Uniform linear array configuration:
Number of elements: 8
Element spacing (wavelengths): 0.5
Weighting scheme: kaiser
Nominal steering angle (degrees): -30
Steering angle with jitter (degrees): -29.139
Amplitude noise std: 0.05
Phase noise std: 0.05

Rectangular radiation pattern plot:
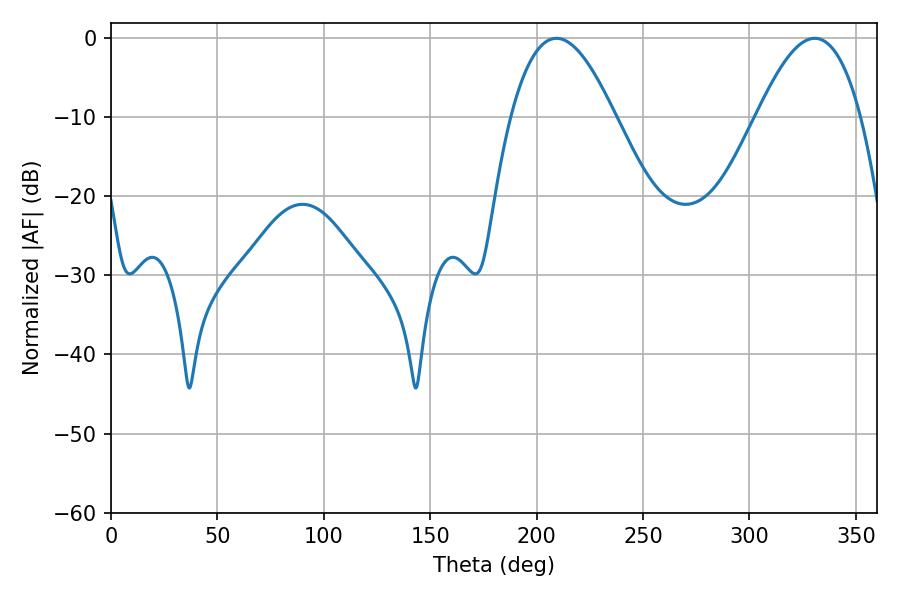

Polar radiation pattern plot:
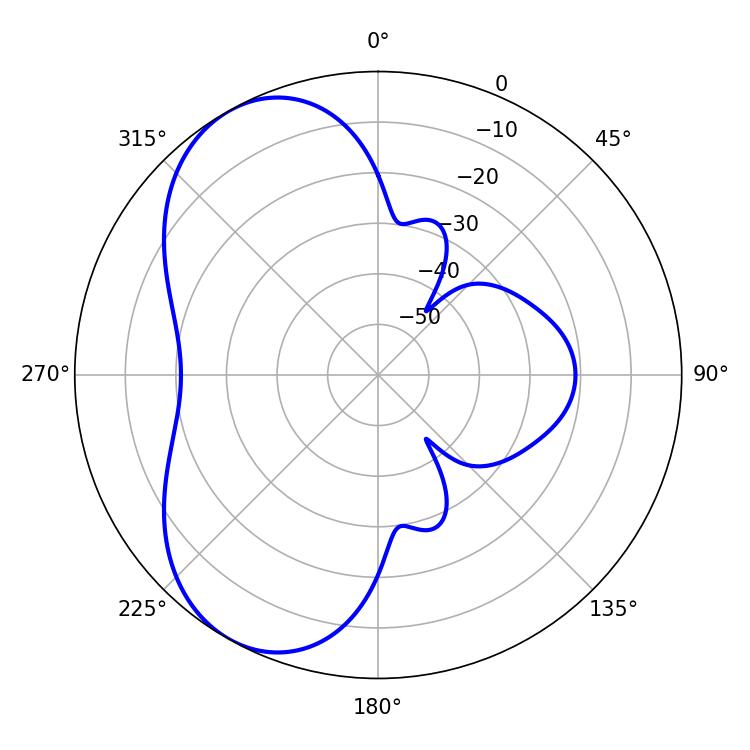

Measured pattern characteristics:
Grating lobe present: FALSE
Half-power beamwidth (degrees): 26.64
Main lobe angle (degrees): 330.66